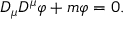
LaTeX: D _ { \mu } D ^ { \mu } \varphi + m \varphi = 0 .